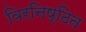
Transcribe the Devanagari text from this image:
विरनिष्ठित